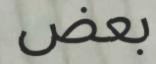
بعض